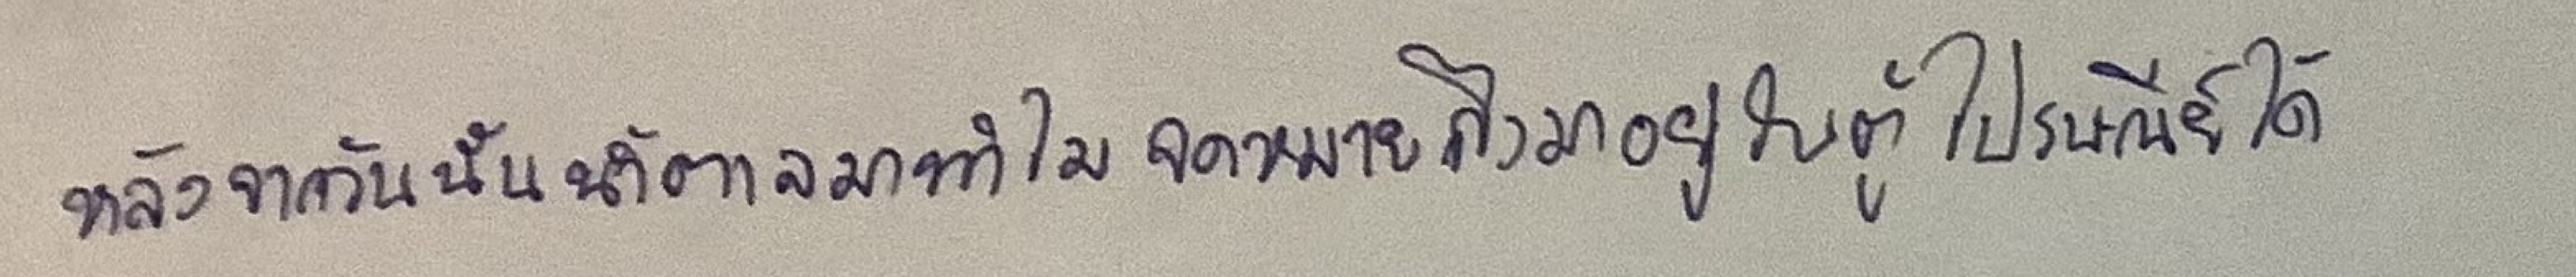
หลังจากวันนั้นน้ำตาลมาทำไมจดหมายถึงมาอยู่ในตู้ไปรษณีย์ได้